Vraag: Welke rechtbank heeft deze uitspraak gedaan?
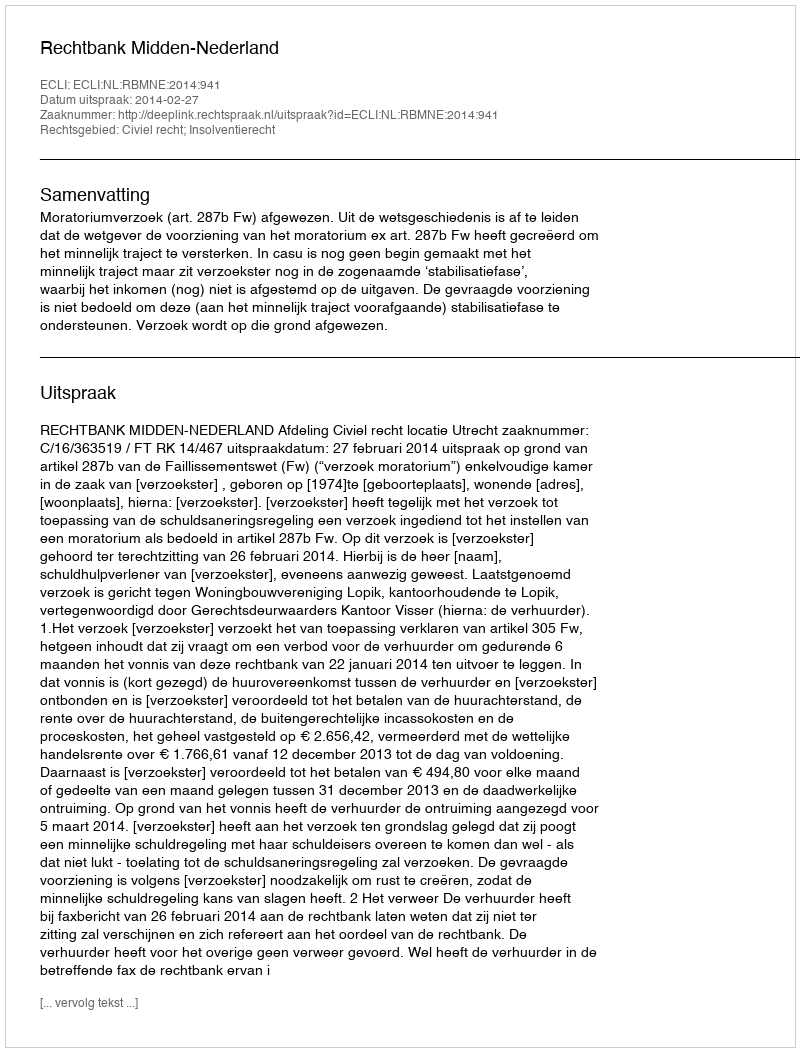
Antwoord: Rechtbank Midden-Nederland